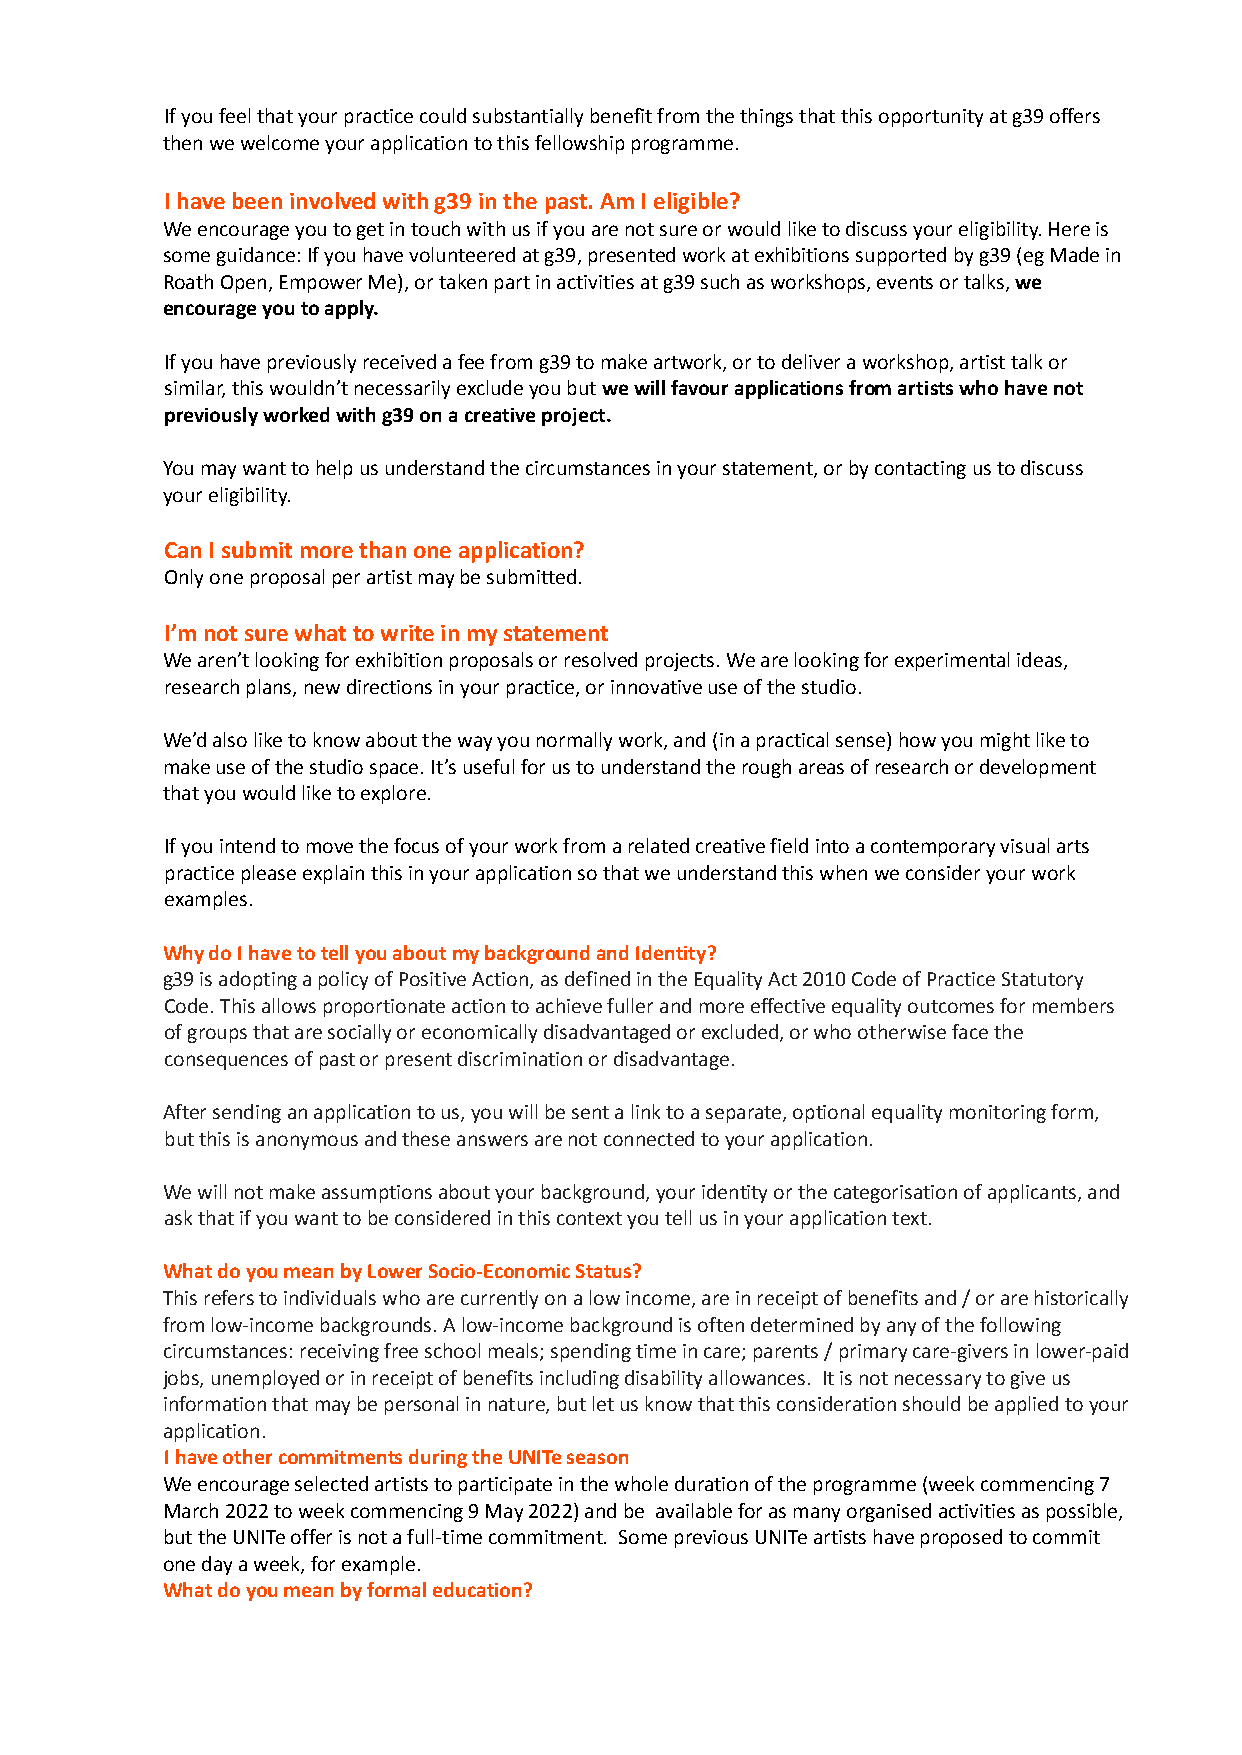
If you feel that your practice could substantially benefit from the things that this opportunity at g39 offers
 then we welcome your application to this fellowship programme.
 I have been involved with g39 in the past. Am I eligible?
 We encourage you to get in touch with us if you are not sure or would like to discuss your eligibility. Here is
 some guidance: If you have volunteered at g39, presented work at exhibitions supported by g39 (eg Made in
 Roath Open, Empower Me), or taken part in activities at g39 such as workshops, events or talks,we
 encourage you to apply.
 If you have previously received a fee from g39 to make artwork, or to deliver a workshop, artist talk or
 similar, this wouldn’t necessarily exclude you butwe will favour applications from artists who havenot
 previously worked with g39 on a creative project.
 You may want to help us understand the circumstances in your statement, or by contacting us to discuss
 your eligibility.
 Can I submit more than one application?
 Only one proposal per artist may be submitted.
 I’m not sure what to write in my statement
 We aren’t looking for exhibition proposals or resolved projects. We are looking for experimental ideas,
 research plans, new directions in your practice, or innovative use of the studio.
 We’d also like to know about the way you normally work, and (in a practical sense) how you might like to
 make use of the studio space. It’s useful for us to understand the rough areas of research or development
 that you would like to explore.
 If you intend to move the focus of your work from a related creative field into a contemporary visual arts
 practice please explain this in your application so that we understand this when we consider your work
 examples.
 Why do I have to tell you about my background and Identity?
 g39 is adopting a policy of Positive Action, as defined in the Equality Act 2010 Code of Practice Statutory
 Code. This allows proportionate action to achieve fuller and more effective equality outcomes for members
 of groups that are socially or economically disadvantaged or excluded, or who otherwise face the
 consequences of past or present discrimination or disadvantage.
 After sending an application to us, you will be sent a link to a separate, optional equality monitoring form,
 but this is anonymous and these answers are not connected to your application.
 We will not make assumptions about your background, your identity or the categorisation of applicants, and
 ask that if you want to be considered in this context you tell us in your application text.
 What do you mean by Lower Socio-Economic Status?
 This refers to individuals who are currently on a low income, are in receipt of benefits and / or are historically
 from low-income backgrounds. A low-income background is often determined by any of the following
 circumstances: receiving free school meals; spending time in care; parents / primary care-givers in lower-paid
 jobs, unemployed or in receipt of benefits including disability allowances. It is not necessary to give us
 information that may be personal in nature, but let us know that this consideration should be applied to your
 application.
 I have other commitments during the UNITe season
 We encourage selected artists to participate in the whole duration of the programme (week commencing7
 March 2022 to week commencing 9 May 2022)and be available for as many organised activities as possible,
 but the UNITe offer is not a full-time commitment. Some previous UNITe artists have proposed to commit
 one day a week, for example.
 What do you mean by formal education?